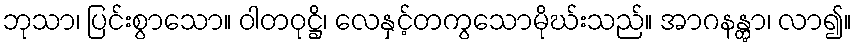
ဘုသာ၊ ပြင်းစွာသော။ ဝါတဝုဋ္ဌိ၊ လေနှင့်တကွသောမိုဃ်းသည်။ အာဂနန္တွာ၊ လာ၍။